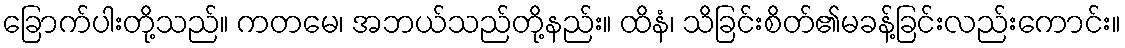
ခြောက်ပါးတို့သည်။ ကတမေ၊ အဘယ်သည်တို့နည်း။ ထိနံ၊ သိခြင်းစိတ်၏မခန့်ခြင်းလည်းကောင်း။